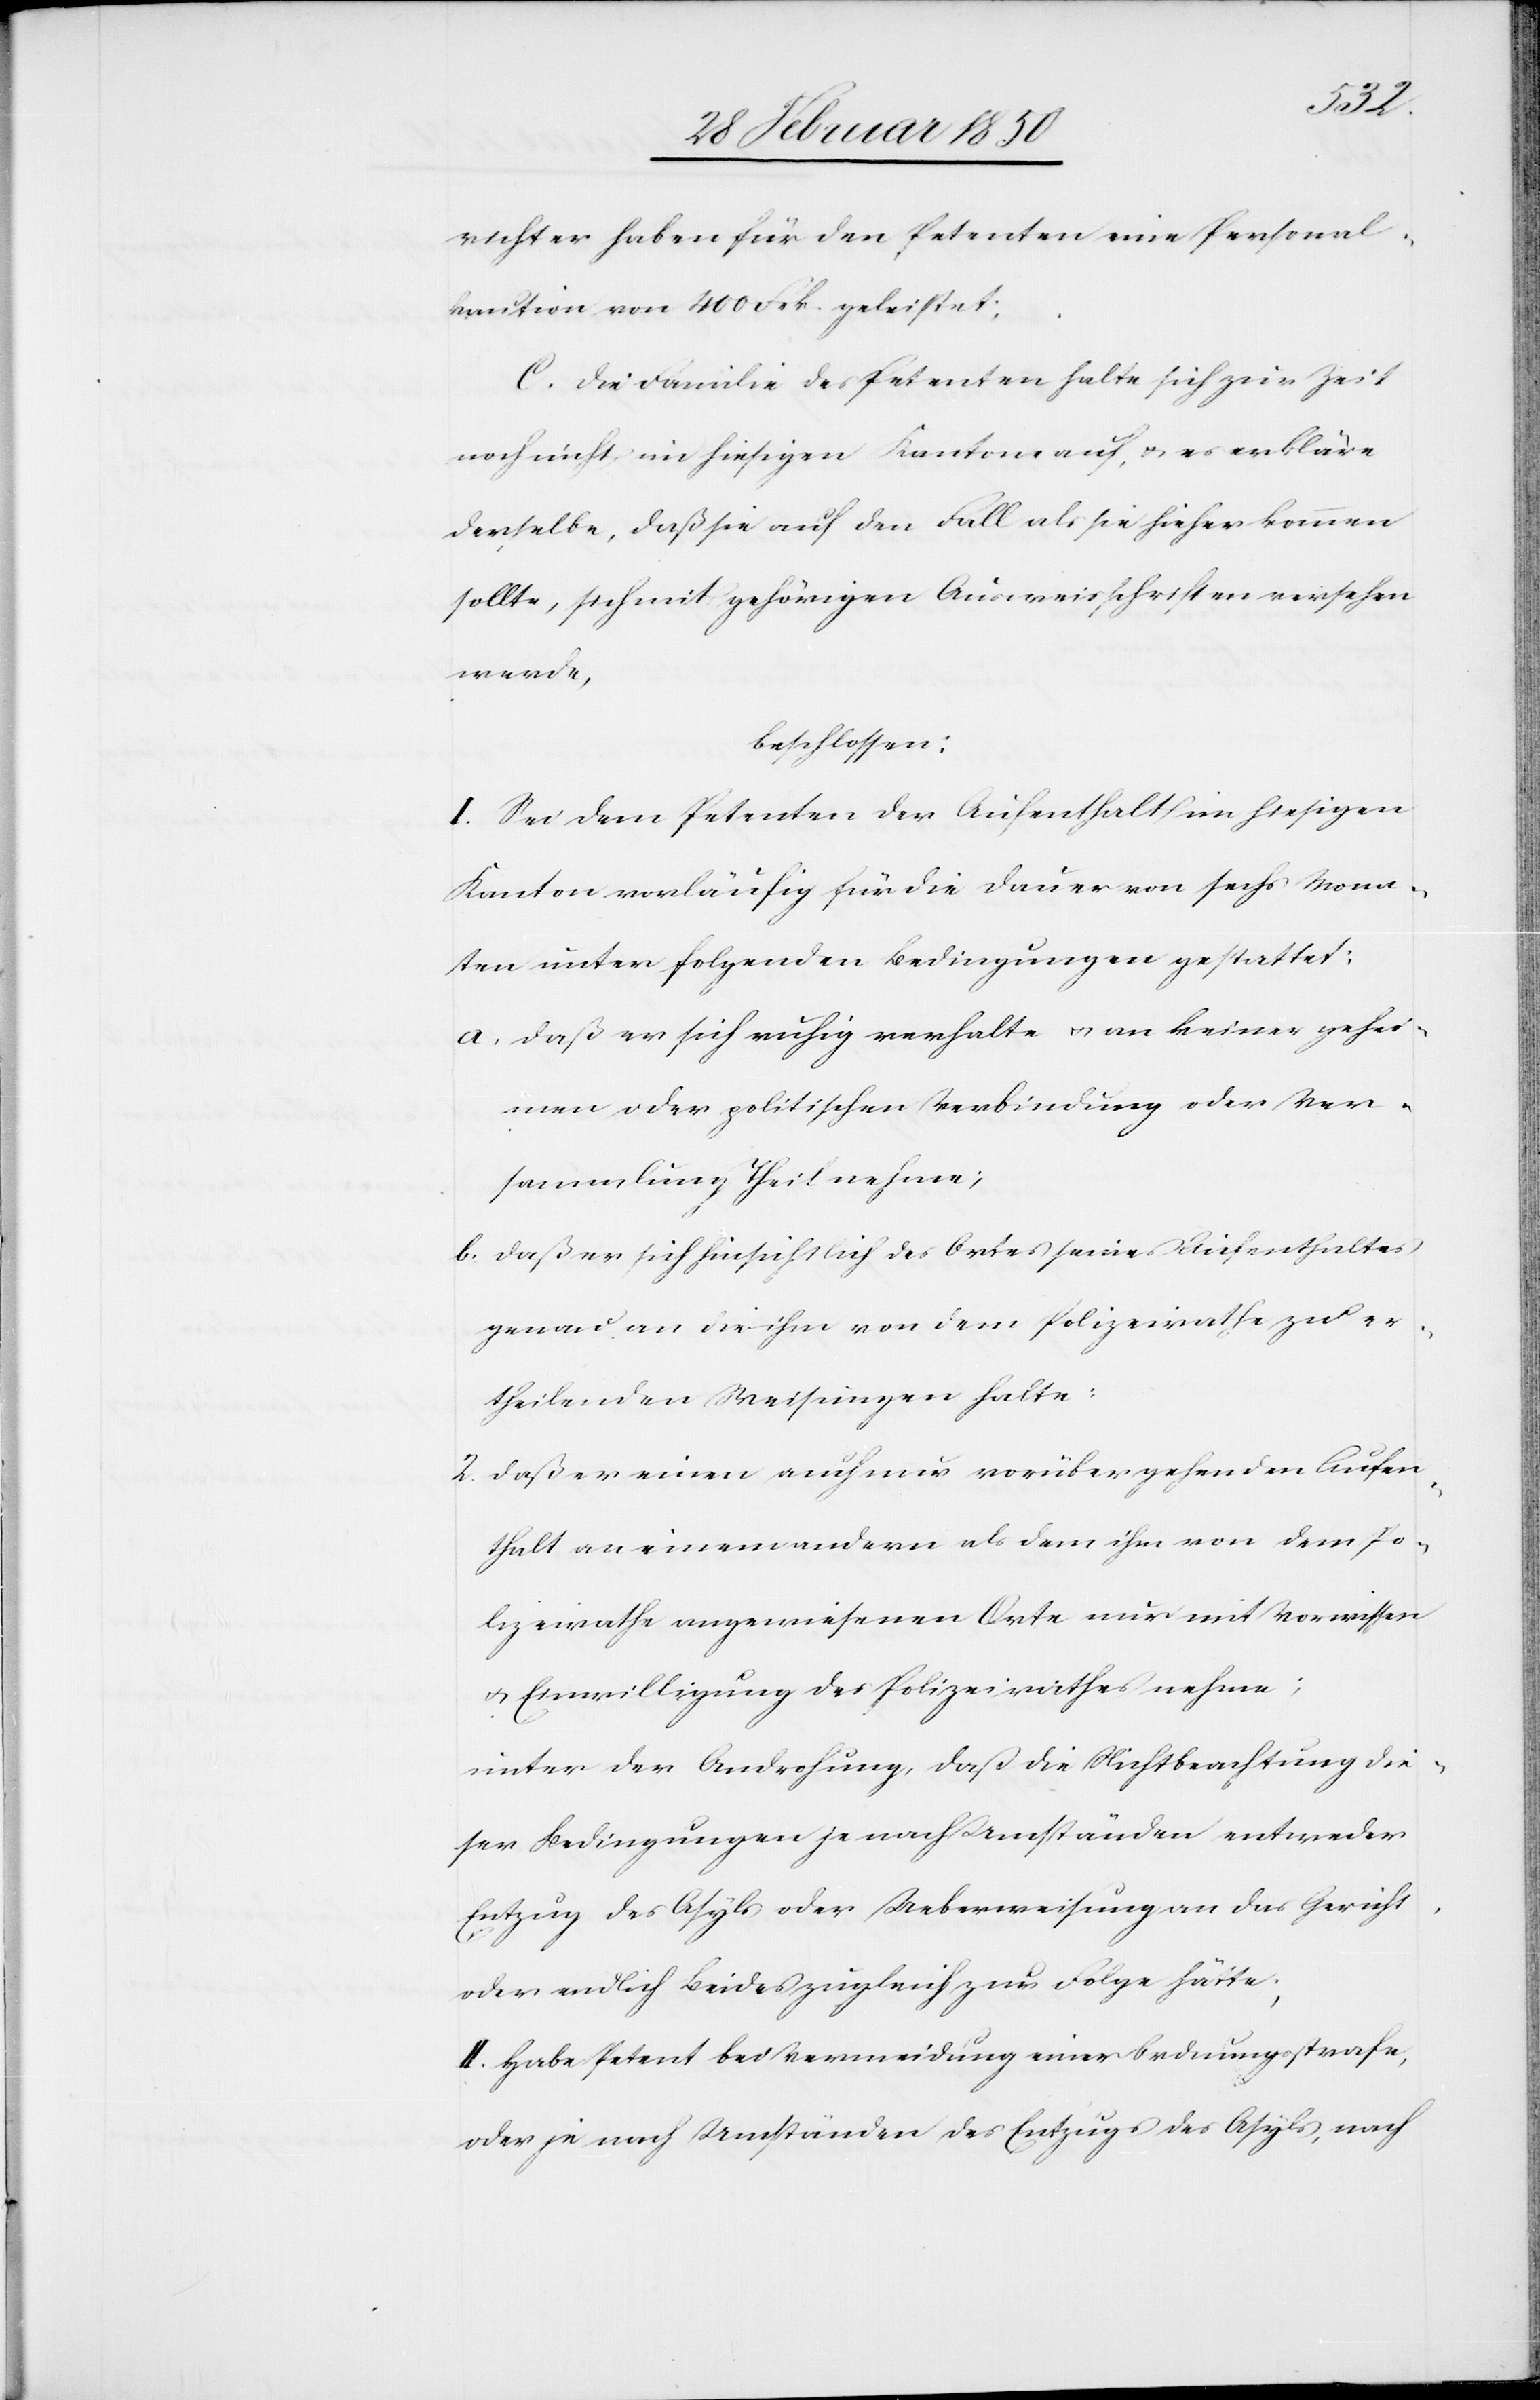
richter haben für den Petenten eine Personal¬
kaution von 400 Frk. geleistet;
C. Die Familie des Petenten halte sich zur Zeit
noch nicht im hiesigen Kanton auf u. es erkläre
derselbe, daß sie auf den Fall als sie hieher kommen
sollte, sich mit gehörigen Ausweisschriften versehen
werde,
beschlossen:
I. Sei dem Petenten der Aufenthalt im hiesigen
Kanton vorläufig für die Dauer von sechs Mona¬
ten unter folgenden Bedingungen gestattet:
a. Daß er sich ruhig verhalte u. an keiner gehei¬
men oder politischen Verbindung oder Ver¬
sammlung Theil nehme;
2.
b. Daß er sich hinsichtlich des Ortes seines Aufenthaltes
genau an die ihm von dem Polizeirathe zu er¬
theilenden Weisungen halte:
c.] Daß er einen auch nur vorübergehenden Aufen¬
thalt an einem andern als dem ihm von dem Po¬
lizeirathe angewiesenen Orte nur mit Vorwissen
u. Einwilligung des Polizeirathes nehme;
unter der Androhung, daß die Nichtbeachtung die¬
ser Bedingungen je nach Umständen entweder
Entzug des Asyls oder Ueberweisung an das Gericht
oder endlich Beides zugleich zur Folge hätte;
II. Habe Petent bei Vermeidung einer Ordnungsstrafe,
oder je nach Umständen des Entzugs des Asyls, nach